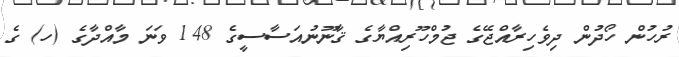
ރުހުން ހޯދުން ދިވެހިރާއްޖޭގެ ޖުމްހޫރިއްޔާގެ ޤާނޫނުއަސާސީގެ 148 ވަނަ މާއްދާގެ (ހ) ގެ